Annual report of the Imperial Bacteriologist
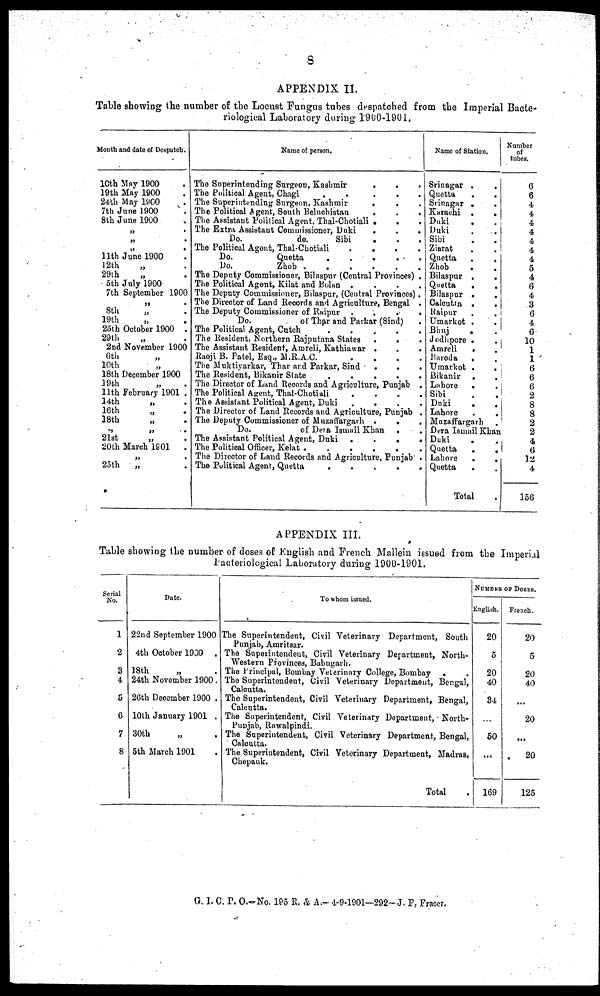
8
APPENDIX II.
Table showing the number of the Locust Fungus tubes despatched from the Imperial Bacte-
riological Laboratory during 1900-1901.
Month and date of Despatch.
10th May 1900 .
19th May 1900 .
24th May 1900 .
7th June 1900 .
8th June 1900
.
„ .
„ .
„ .
11th June 1900 .
12th
„ .
29th
„ .
5th July 1900
7th September 1900
„ .
8th
„ .
19th
„ .
25th October 1900 .
29th
„ .
2nd November 1900
6th „
10th „
18th December 1900 .
19th „ .
11th February 1901 .
14th
„ .
16th
„ .
18th
„ .
„ „ .
21st
„ .
20th March 1901 .
„ .
25th
„ .
Name of person.
The Superintending Surgeon, Kashmir
.
.
The Political Agent, Chagi
.
.
.
.
The Superintending Surgeon, Kashmir
.
The Political Agent, South Beluchistan
The Assistant Political Agent, Thal-Chotiali .
.
.
The Extra Assistant Commissioner, Duki
.
.
.
Do.
do.
Sibi
. . .
The Political Agent, Thal-Chotiali
.
.
.
.
Do.
Quetta
.
.
.
.
.
Do.
Zhob .
.
.
.
.
.
The Deputy Commissioner, Bilaspur (Central Provinces) .
The Political Agent, Kilat and Bolan .
.
.
.
The Deputy Commissioner, Bilaspur, (Central Provinces).
The Director of Land Records and Agriculture, Bengal .
The Deputy Commissioner of Raipur
....
Do.
of Thar and Parkar (Sind)
The Political Agent, Cutch
......
The Resident, Northern Rajputana States .
.
.
The Assistant Resident, Amreli, Kathiawar .
.
.
Raoji B. Patel, Esq., M.R.A.C.
The Muktiyarkar, Thar and Parkar, Sind .
.
.
The Resident, Bikanir State
.
.
.
.
The Director of Land Records and Agriculture, Punjab .
The Political Agent, Thal-Chotiali
....
The Assistant Political Agent, Duki .
.
.
The Director of Land Records and Agriculture, Punjab .
The Deputy Commissioner of Muzaffargarh .
.
.
Do.
of Dera Ismail Khan . .
The Assistant Political Agent, Duki .
.
.
.
The Political Officer, Kelat
The Director of Land Records and Agriculture, Punjab .
The Political Agent, Quetta
Name of Station.
Srinagar . .
Quetta
.
.
Srinagar . .
Karachi .
.
Duki . .
Duki . .
Sibi . .
Ziarat . .
Quetta .
.
Zhob . .
Bilaspur
.
.
Quetta
.
.
Bilaspur .
.
Calcutta .
.
Raipur . .
Umarkot .
.
Bhuj . .
Jodhpore . .
Amreli . .
Baroda
. .
Umarkot .
.
Bikanir . .
Lahore . .
Sibi . .
Duki
.
.
Lahore . .
Muzaffargarh .
Dera Ismail Khan
Duki . .
Quetta
. .
Lahore . .
Quetta
. .
Total
Number
of
tubes.
6
6
4
4
4
4
4
4
4
5
4
6
4
3
6
4 6
10 1
1
6
6
6
2
8
8
2
2
4
6
12
4
156
APPENDIX III.
Table showing the number of doses of English and French Mallein issued from the Imperial
Bacteriological Laboratory during 1900-1901.
Serial
No.
1
2
3
4
5
6
7
8
Date.
22nd September 1900
4th October 1900 .
18th
„ .
24th November 1900.
26th December 1900 .
10th January 1901 .
30th „ .
5th March 1901 .
To whom issued.
The Superintendent, Civil Veterinary Department, South
Punjab, Amritsar.
The Superintendent, Civil Veterinary Department, North-
Western Provinces, Babugarh.
The Principal,Bombay Veterinary College, Bombay . .
The Superintendent, Civil Veterinary Department, Bengal,
Calcutta.
The Superintendent, Civil Veterinary Department, Bengal,
Calcutta.
The Superintendent, Civil Veterinary Department, . North-
Punjab, Rawalpindi.
The Superintendent, Civil Veterinary Department, Bengal,
Calcutta.
The Superintendent, Civil Veterinary Department, Madras,
Chepauk.
Total
NUMBER OF DOSES.
English.
20
5
20
40
34
...
50
...
169
French.
20
5
20
40
...
20
...
20
125
G. I. C. P. O.-No. 195 R. & A.- 4-9-1901—292-J. F, Fraser.